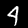
Label: 4